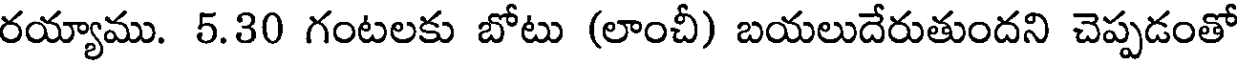
రయ్యాము. 5.30 గంటలకు బోటు (లాంచీ) బయలుదేరుతుందని చెప్పడంతో